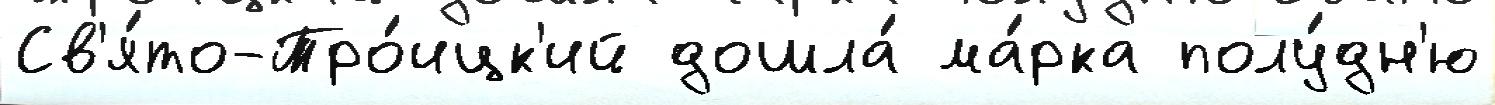
Св'я́то-Тро́ицк'ий дошла́ ма́рка полу́дн'ю